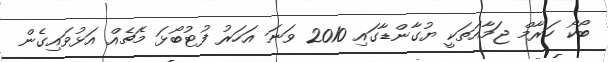
ބޯކޯ ހަރާމް ޖަމާއަތަކީ ޔުގާންޑާގައި 2010 ވަނަ އަހަރު ފުޓުބޯޅަ މެޗެއް އަޅުވައިގެން